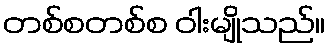
တစ်စတစ်စ ဝါးမျိုသည်။